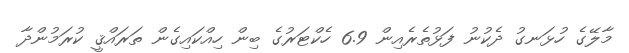
މާލޭގެ ހުޅަނގު ދެކުނު ފަޅުތެރެއިން 6.9 ހެކްޓަރުގެ ބިން ހިއްކައިގެން ތަރައްޤީ ކުރަމުންދާ